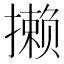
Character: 𪮶